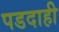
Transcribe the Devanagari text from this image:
पडदाही